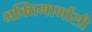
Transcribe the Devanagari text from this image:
भक्तिमार्गासी